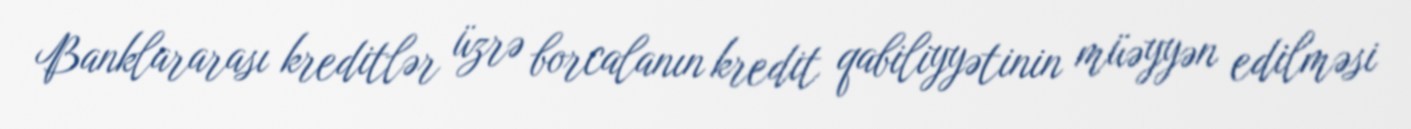
Banklararası kreditlər üzrə borcalanın kredit qabiliyyətinin müəyyən edilməsi